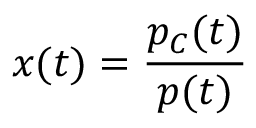
x ( t ) = \frac { p _ { C } ( t ) } { p ( t ) }